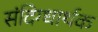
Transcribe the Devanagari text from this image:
संदिग्धार्थक